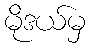
မိုဒယ်မှ